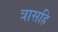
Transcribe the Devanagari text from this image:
त्रासहि